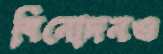
বিনোদনও